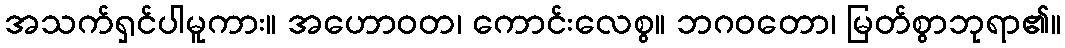
အသက်ရှင်ပါမူကား။ အဟောဝတ၊ ကောင်းလေစွ။ ဘဂဝတော၊ မြတ်စွာဘုရာ၏။